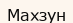
Махзун